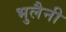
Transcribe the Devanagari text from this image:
भुलैनी